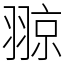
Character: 翞